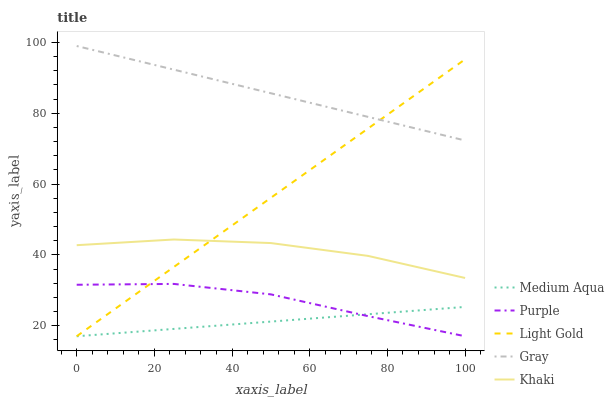
| xaxis_label | Medium Aqua | Purple | Light Gold | Gray | Khaki |
 | --- | --- | --- | --- | --- | --- |
 | 0 | 17 | 31.5 | 17 | 99 | 42.7 |
 | 25 | 19.1 | 31.8 | 36.6 | 92.3 | 44.3 |
 | 50 | 21.1 | 28.8 | 56.1 | 85.7 | 43.3 |
 | 75 | 23.2 | 22.7 | 75.7 | 79 | 39.7 |
 | 100 | 25.3 | 17 | 95.2 | 72.3 | 33.5 |